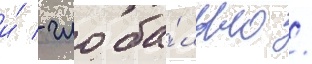
и́ - глоба́льно /